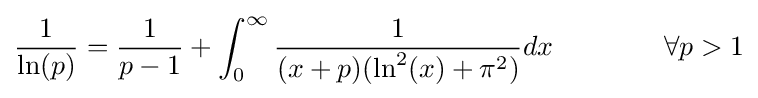
{\frac {1}{\ln(p)}}={\frac {1}{p-1}}+\int _{0}^{\infty }{\frac {1}{(x+p)(\ln ^{2}(x)+\pi ^{2})}}dx\qquad \qquad \forall p>1